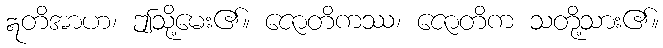
ဣတိအာဟ၊ ဤသို့မေး၏။ ဇောတိကဿ၊ ဇောတိက သတို့သား၏။